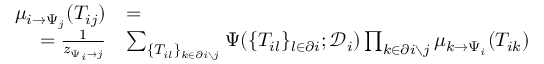
\begin{array} { r } { \begin{array} { r l } { \mu _ { i \to \Psi _ { j } } ( T _ { i j } ) } & { = } \\ { = \frac { 1 } { z _ { \Psi _ { i } \to j } } } & { \sum _ { \{ T _ { i l } \} _ { k \in \partial i \setminus j } } \Psi ( \{ T _ { i l } \} _ { l \in \partial i } ; \mathcal { D } _ { i } ) \prod _ { k \in \partial i \setminus j } \mu _ { k \to \Psi _ { i } } ( T _ { i k } ) } \end{array} } \end{array}